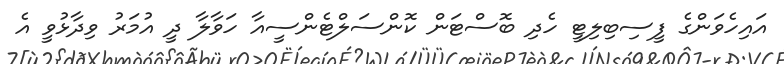
އައިހެވަންގެ ފީސިބިލިޓީ ހެދި ބޮސްޓަން ކޮންސަލްޓެންސީއާ ހަވާލާ ދީ އުމަރު ވިދާޅުވީ އެ